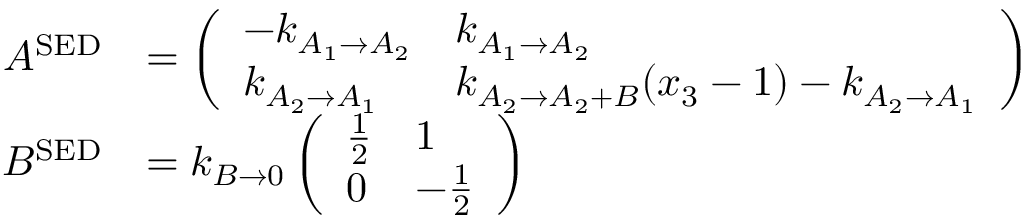
\begin{array} { r l } { A ^ { \mathrm { S E D } } } & { = \left( \begin{array} { l l } { - k _ { A _ { 1 } \to A _ { 2 } } } & { k _ { A _ { 1 } \to A _ { 2 } } } \\ { k _ { A _ { 2 } \to A _ { 1 } } } & { k _ { A _ { 2 } \to A _ { 2 } + B } ( x _ { 3 } - 1 ) - k _ { A _ { 2 } \to A _ { 1 } } } \end{array} \right) } \\ { B ^ { \mathrm { S E D } } } & { = k _ { B \to 0 } \left( \begin{array} { l l } { \frac { 1 } { 2 } } & { 1 } \\ { 0 } & { - \frac { 1 } { 2 } } \end{array} \right) } \end{array}